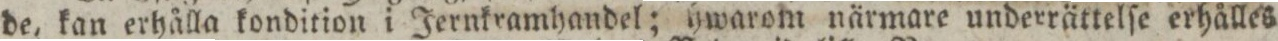
de, kan erhålla kondition i Jernkramhandel; hwarom närmare underrättelſe erhålles